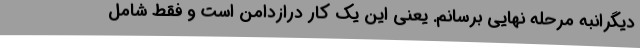
دیگرانبه مرحله نهایی برسانم. یعنی این یک کار درازدامن است و فقط شامل